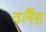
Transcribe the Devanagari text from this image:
वर्लैंस